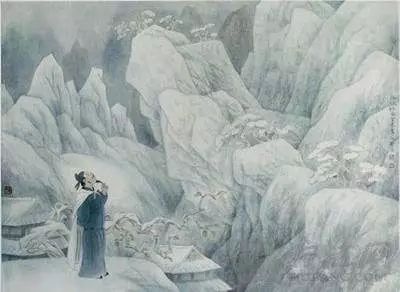
终南阴岭秀，积雪浮云端。